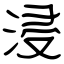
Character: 浸